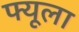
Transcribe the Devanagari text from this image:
फ्यूला